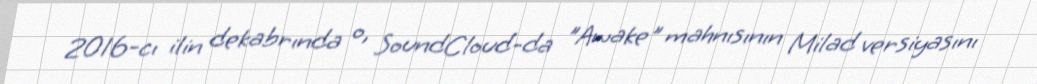
2016-cı ilin dekabrında o, SoundCloud-da "Awake" mahnısının Milad versiyasını